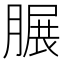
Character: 𦟌